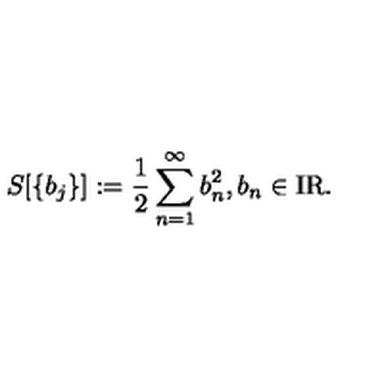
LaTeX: S [ \{ b _ { j } \} ] : = \frac { 1 } { 2 } \sum _ { n = 1 } ^ { \infty } b _ { n } ^ { 2 } , b _ { n } \in \mathrm { I R } .